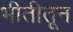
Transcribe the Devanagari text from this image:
भीतीतून